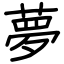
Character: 夢